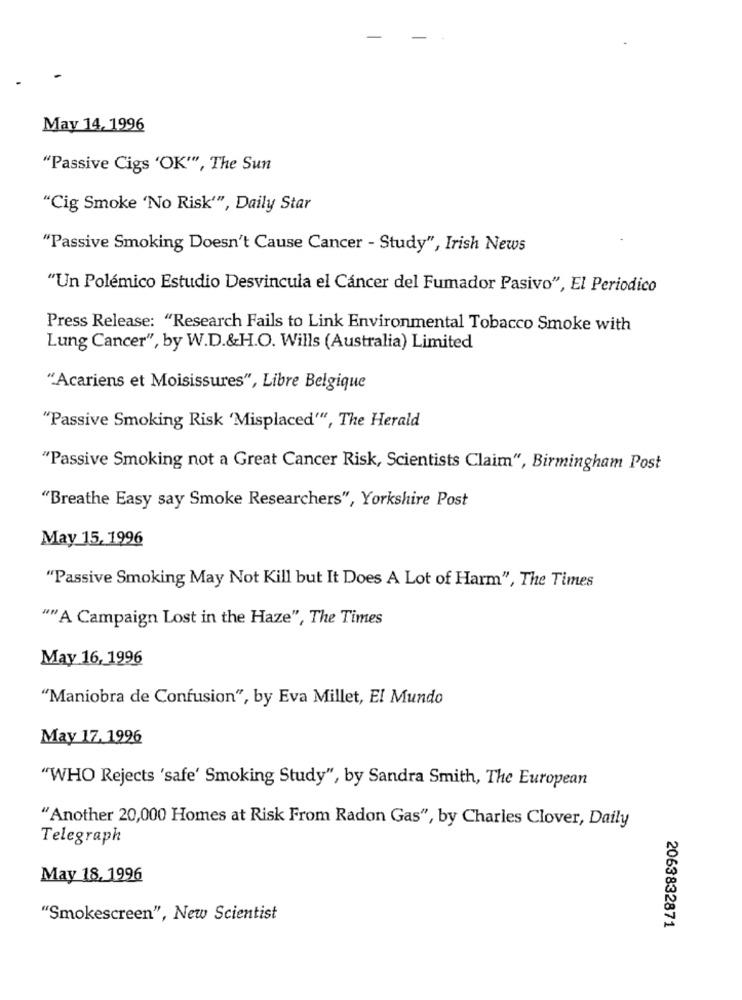
May 14, 1996
"Passive Cigs 'OK'", The Sun
"Cig Smoke 'No Risk'", Daily Star
"Passive Smoking Doesn't Cause Cancer - Study", Irish News
"Un Polémico Estudio Desvincula el Cáncer del Fumador Pasivo", El Periodico
Press Release: "Research Fails to Link Environmental Tobacco Smoke with
Lung Cancer", by W.D.&H.O. Wills (Australia) Limited
"Acariens et Moisissures", Libre Belgique
"Passive Smoking Risk 'Misplaced'", The Herald
"Passive Smoking not a Great Cancer Risk, Scientists Claim", Birmingham Post
"Breathe Easy say Smoke Researchers", Yorkshire Post
May 15, 1996
"Passive Smoking May Not Kill but It Does A Lot of Harm", The Times
"" A Campaign Lost in the Haze", The Times
May 16, 1996
"Maniobra de Confusion", by Eva Millet, El Mundo
May 17. 1996
"WHO Rejects 'safe' Smoking Study", by Sandra Smith, The European
"Another 20,000 Homes at Risk From Radon Gas", by Charles Clover, Daily
Telegraph
May 18, 1996
"Smokescreen", New Scientist
2063832871